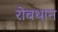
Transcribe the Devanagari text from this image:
रोबथान